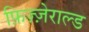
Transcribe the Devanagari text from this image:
फ़िज़्ज़ेराल्ड